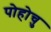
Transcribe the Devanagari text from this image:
पोहोचु